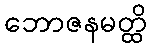
ဘောဇနမတ္ထိ